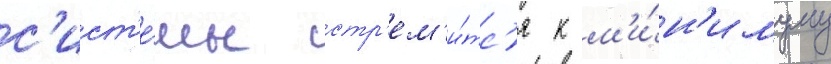
с'ист'е́мы стр'ем'и́тс'я к м'и́н'имуму